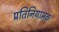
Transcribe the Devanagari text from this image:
प्रतिनियामक